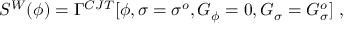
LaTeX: S ^ { W } ( \phi ) = \Gamma ^ { C J T } [ \phi , \sigma = \sigma ^ { o } , G _ { \phi } = 0 , G _ { \sigma } = G _ { \sigma } ^ { o } ] ~ ,